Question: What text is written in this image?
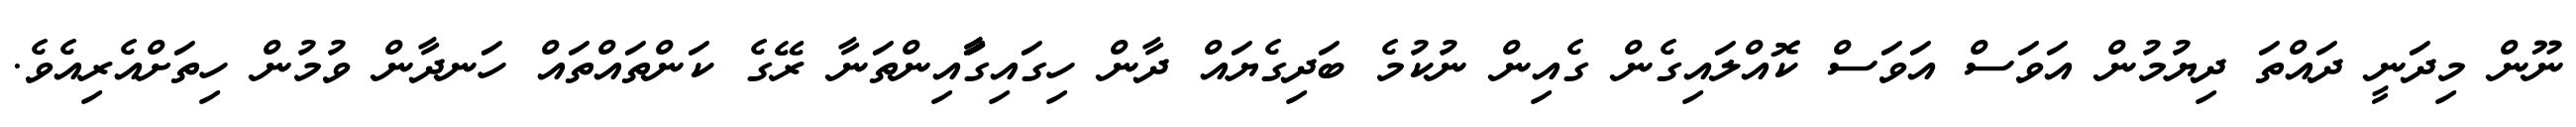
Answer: ނޫން މިދަނީ ދައްތަ ދިޔުމުން އަވަސް އަވަސް ކޮއްލައިގެން ގެއިން ނުކުމެ ބަދިގެޔައް ދާން ހިގައިގާާައިންތަނާ ރޭގެ ކަންތައްތައް ހަނދާން ވުމުން ހިތަށްއެރިއެވެ.